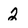
Character: 2